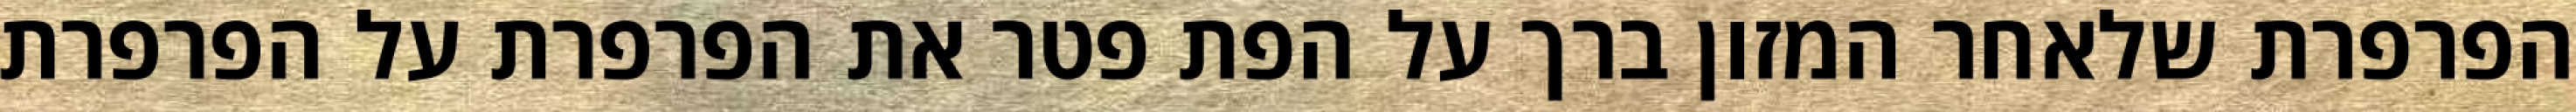
הפרפרת שלאחר המזון ברך על הפת פטר את הפרפרת על הפרפרת